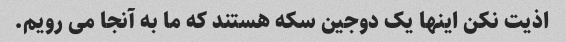
اذیت نکن اینها یک دوجین سکه هستند که ما به آنجا می رویم.